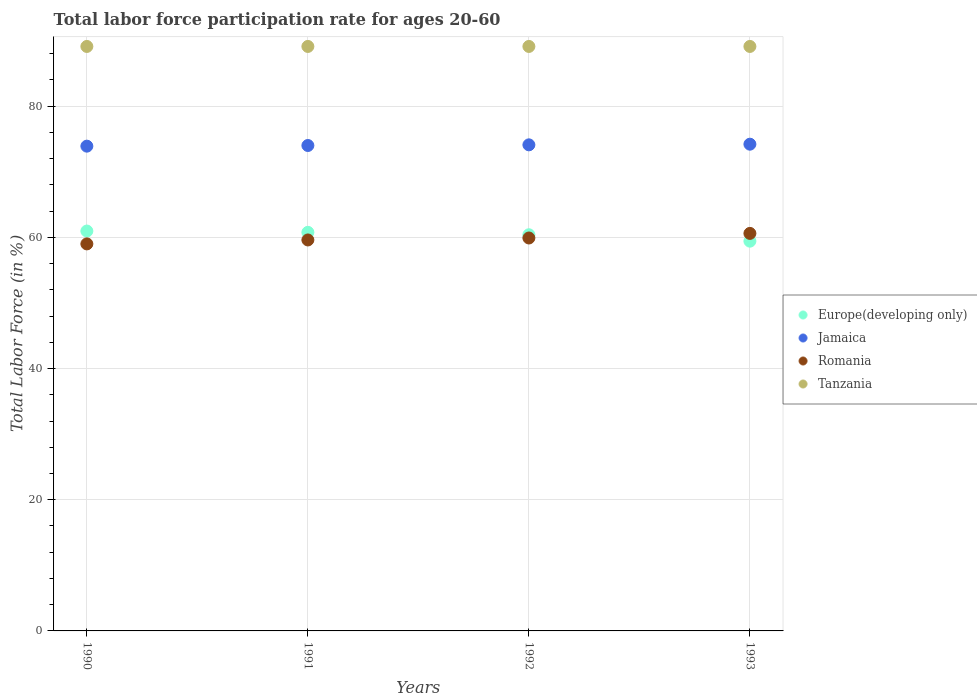
| Years | Europe(developing only) | Jamaica | Romania | Tanzania |
 | --- | --- | --- | --- | --- |
 | 1990 | 61 | 73.9 | 59 | 89.1 |
 | 1991 | 60.8 | 74 | 59.6 | 89.1 |
 | 1992 | 60.4 | 74.1 | 59.9 | 89.1 |
 | 1993 | 59.4 | 74.2 | 60.6 | 89.1 |